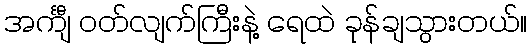
အင်္ကျီ ဝတ်လျက်ကြီးနဲ့ ရေထဲ ခုန်ချသွားတယ်။